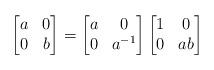
LaTeX: \begin{align*}\begin{bmatrix} a & 0 \\ 0 & b \end{bmatrix} =\begin{bmatrix} a & 0 \\ 0 & a^{-1} \end{bmatrix}\begin{bmatrix} 1 & 0 \\ 0 & ab \end{bmatrix}\end{align*}